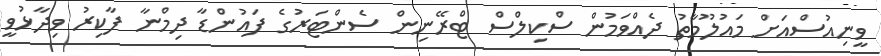
ވީނިއުސްއަށް މައުލޫމާތު ދެއްވަމުން ސްކިލްސް ޓްރޭނިން ސެންޓަރުގެ ފައުންޑާ ދިމްނާ ފާކިރު ވިދާޅުވީ